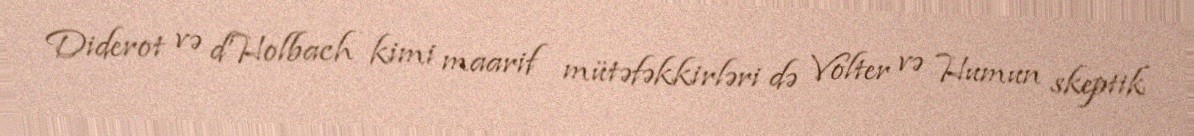
Diderot və d'Holbach kimi maarif mütəfəkkirləri də Volter və Humun skeptik